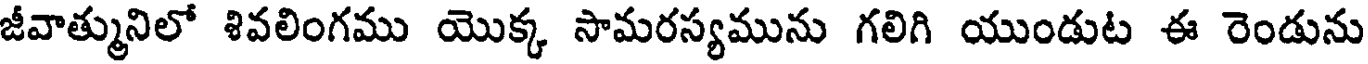
జీవాత్మునిలో శివలింగము యొక్క సామరస్యమును గలిగి యుండుట ఈ రెండును